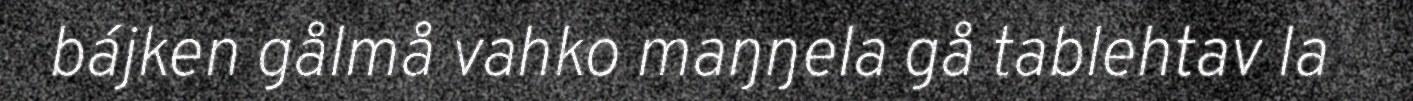
bájken gålmå vahko maŋŋela gå tablehtav la